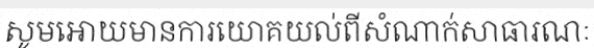
សូមអោយមានការយោគយល់ពីសំណាក់សាធារណៈ